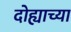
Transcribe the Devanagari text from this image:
दोह्याच्या